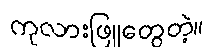
ကုလားဖြူတွေတဲ့။